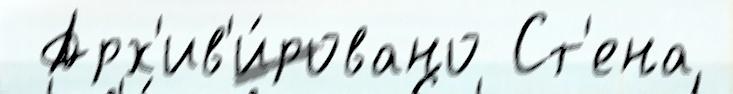
 Арх'ив'и́ровано Ст'ена